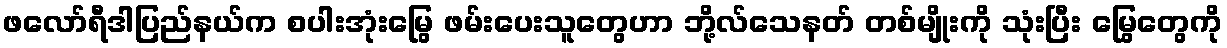
ဖလော်ရီဒါပြည်နယ်က စပါးအုံးမြွေ ဖမ်းပေးသူတွေဟာ ဘို့လ်သေနတ် တစ်မျိုးကို သုံးပြီး မြွေတွေကို